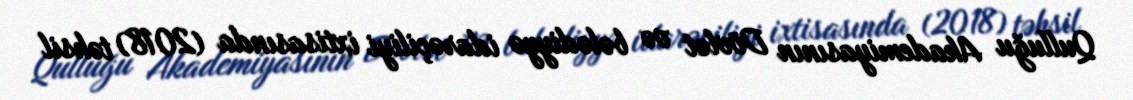
Qulluğu Akademiyasının Dövlət və bələdiyyə idarəçiliyi ixtisasında (2018) təhsil